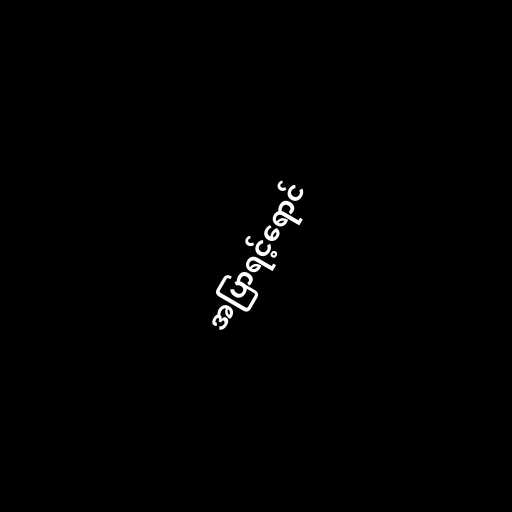
အပြာရင့်ရောင်